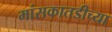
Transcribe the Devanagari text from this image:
मांसकातडीच्या